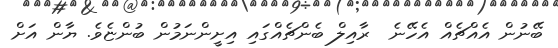
ބޭނުން އެއްޗެއް އެހޭނެ  ރާއިލް ބެންޗެއްގައި އިށީންނަމުން ބުންޏެވެ. ޔާން އަށް